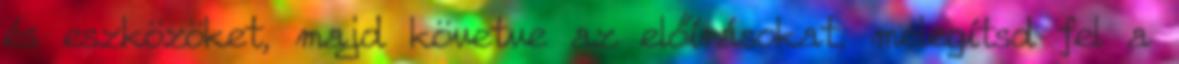
és eszközöket, majd követve az előírásokat, melegítsd fel a